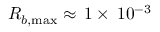
R _ { b , \operatorname* { m a x } } \approx \, 1 \times \, 1 0 ^ { - 3 }